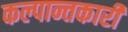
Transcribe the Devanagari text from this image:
कल्पान्तकारी